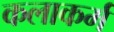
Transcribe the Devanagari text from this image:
कलाकर्म